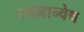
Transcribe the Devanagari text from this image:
स्वनान्वेष